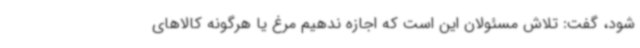
شود، گفت: تلاش مسئولان این است که اجازه ندهیم مرغ یا هرگونه کالاهای